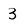
Character: 3